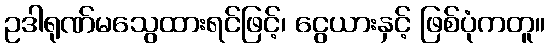
ဥဒါရုဏ်မသွေထားရင်ဖြင့်၊ ငွေယားနှင့် ဖြစ်ပုံကတူ။